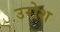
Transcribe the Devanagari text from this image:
उरोश